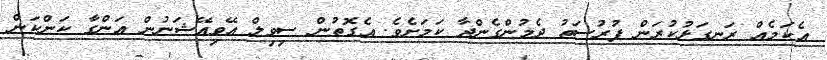
އެކަމެއް ރަނގަޅުކުރަން ފުރުސަތު ދެމުންގެންދާ ކަމަށެވެ. އެގޮތުން ސިވިލް އޭވިއޭޝަނުން އަންގާ ކަންކަން